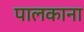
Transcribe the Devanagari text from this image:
पालकाना